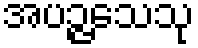
အပဉ္ဇသေသု